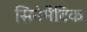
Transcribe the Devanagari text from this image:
सिनेमैटिक